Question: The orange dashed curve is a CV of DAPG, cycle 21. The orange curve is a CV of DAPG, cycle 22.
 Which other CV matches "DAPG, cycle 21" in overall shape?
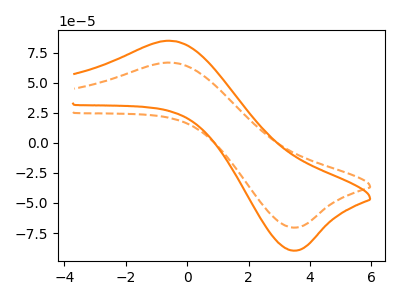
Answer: <think>The orange dashed curve "DAPG, cycle 21" has an anodic peak at (-0.45V, 66.60uA) and a cathodic peak at (3.55V, -70.40uA). The orange curve "DAPG, cycle 22" has an anodic peak at (-0.45V, 84.70uA) and a cathodic peak at (3.55V, -89.55uA).
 All the peaks in "DAPG, cycle 21" have a peak in "DAPG, cycle 22" at the same potential. Every peak in "DAPG, cycle 21" is lower than every peak in "DAPG, cycle 22".</think>
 <answer>The CV with the most similar shape to "DAPG, cycle 22" is "DAPG, cycle 21".</answer>
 <eval>"DAPG, cycle 21"</eval>